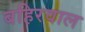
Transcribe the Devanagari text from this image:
बहिरवाल